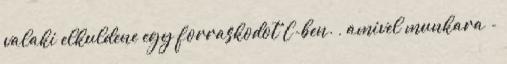
valaki elkuldene egy forraskodot C-ben. , amivel munkara -